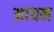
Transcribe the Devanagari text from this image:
अायन